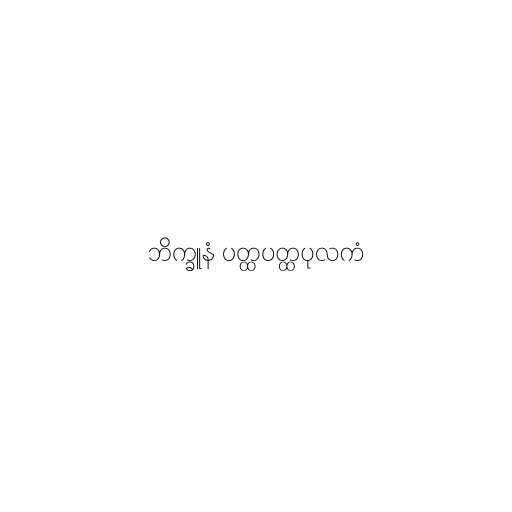
ဘိက္ခူနံ ပတ္ထပတ္ထပုလကံ